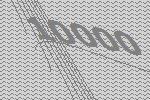
10000